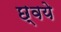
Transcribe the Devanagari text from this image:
छ्वये